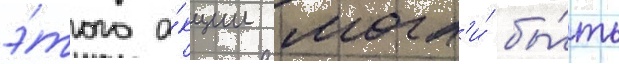
э́того а́кции могл'и́ бы́ть